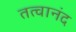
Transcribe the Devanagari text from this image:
तत्वानंद